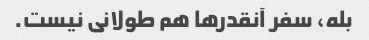
بله، سفر آنقدرها هم طولانی نیست.